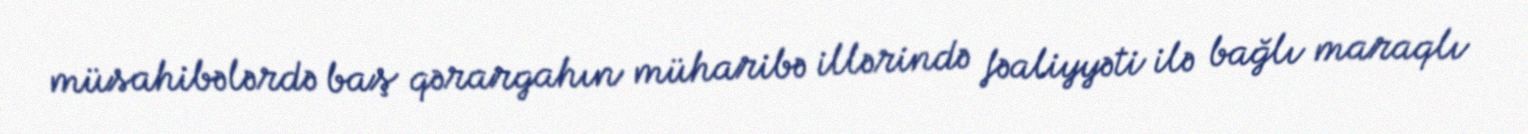
müsahibələrdə baş qərargahın müharibə illərində fəaliyyəti ilə bağlı maraqlı